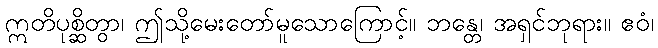
ဣတိပုစ္ဆိတွာ၊ ဤသို့မေးတော်မူသောကြောင့်။ ဘန္တေ၊ အရှင်ဘုရား။ ဧဝံ၊